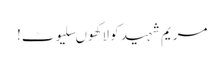
مریم شہید کو لاکھوںسلیوٹ!